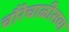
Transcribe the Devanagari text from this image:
चौरेचाळीसवा